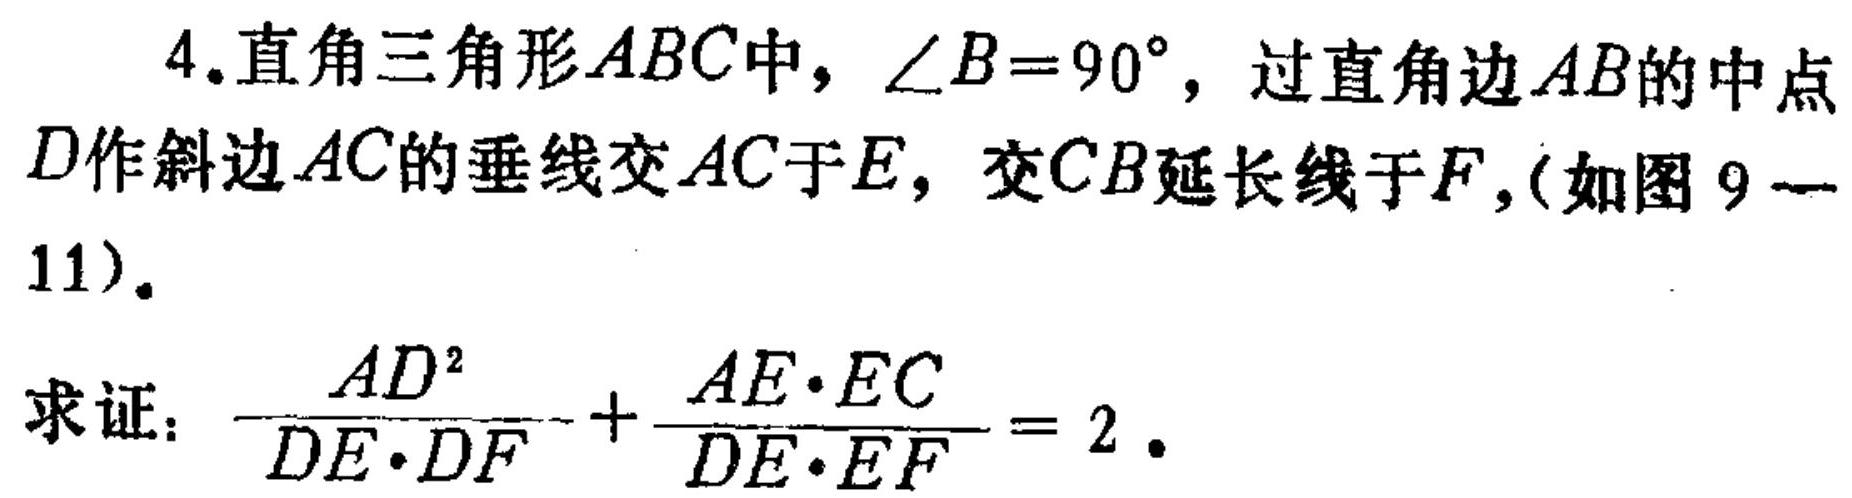
4.直角三角形$ABC$中，$\angle B = 90^{\circ}$，过直角边$AB$的中点
$D$作斜边$AC$的垂线交$AC$于$E$，交$CB$延长线于$F$,(如图$9 - $
$11$).
求证：$\frac{AD^{2}}{DE\cdot DF}+\frac{AE\cdot EC}{DE\cdot EF}=2$.